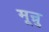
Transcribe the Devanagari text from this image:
मून्रु